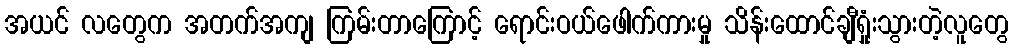
အယင် လတွေက အတက်အကျ ကြမ်းတာကြောင့် ရောင်းဝယ်ဖေါက်ကားမှု သိန်းထောင်ချီရှုံးသွားတဲ့လူတွေ